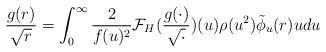
LaTeX: \begin{align*} \frac{g(r)}{\sqrt{r}} = \int_{0}^{\infty} \frac{2}{f(u)^{2}} \mathcal{F}_{H}(\frac{g(\cdot)}{\sqrt{\cdot}})(u) \rho(u^{2}) \tilde{\phi}_{u}(r) u du\end{align*}